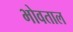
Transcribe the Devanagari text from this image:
भोवताल